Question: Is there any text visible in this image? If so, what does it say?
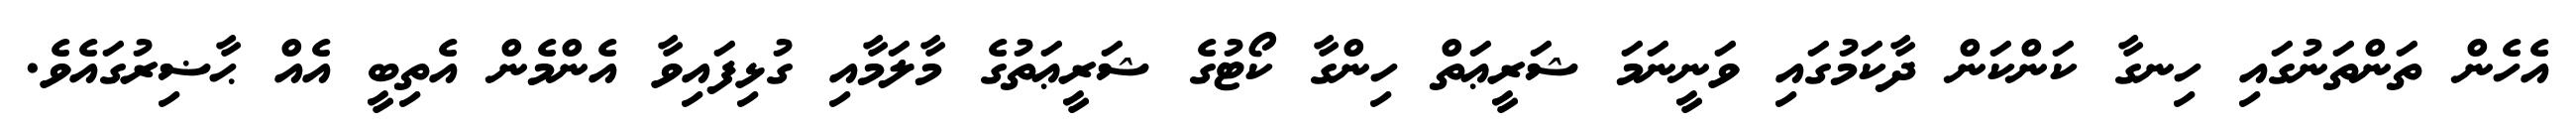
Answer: އެހެން ތަންތަނުގައި ހިނގާ ކަންކަން ދާކަމުގައި ވަނީނަމަ ޝަރީޢަތް ހިންގާ ކޯޓުގެ ޝަރީޢަތުގެ މާލަމާއި ގުޅިފައިވާ އެންމެން އެތިބީ އެއް ޙާޟިރުގައެވެ.